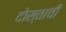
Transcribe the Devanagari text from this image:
दोस्ताची